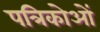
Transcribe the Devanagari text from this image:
पत्रिकोओं